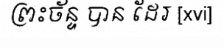
ព្រះច័ន្ទ បាន ដែរ [xvi]